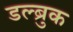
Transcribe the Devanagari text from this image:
डल्ब्रुक